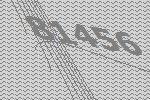
81456